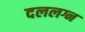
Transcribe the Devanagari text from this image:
दललग्न